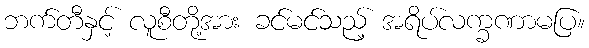
ဘက်တီနှင့် လူစီတို့အား ခင်မင်သည့် အရိပ်လက္ခဏာမပြ။